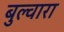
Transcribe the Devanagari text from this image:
बुल्वारा